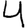
Digit: 4